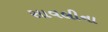
સાવલીના